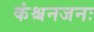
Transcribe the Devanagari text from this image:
कंश्चनजनः